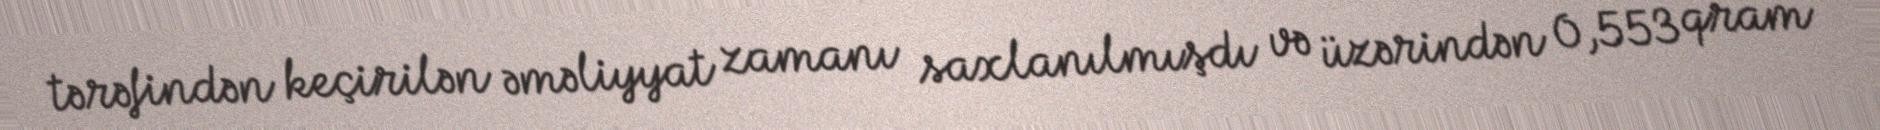
tərəfindən keçirilən əməliyyat zamanı saxlanılmışdı və üzərindən 0,553 qram